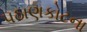
પઠાણકોટના